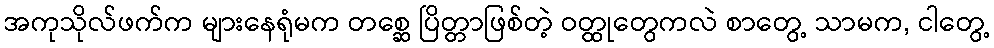
အကုသိုလ်ဖက်က များနေရုံမက တစ္ဆေ ပြိတ္တာဖြစ်တဲ့ ဝတ္ထုတွေကလဲ စာတွေ့ သာမက, ငါတွေ့